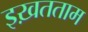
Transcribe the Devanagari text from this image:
इख़तताम